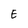
Character: E